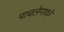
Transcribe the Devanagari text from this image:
पाचलेगावचे